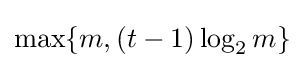
\max\{m,(t-1)\log _{2}m\}